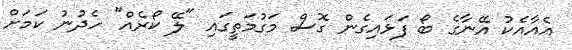
އެއާއެކު އޭނާގެ ބޯ ފަޅައިގެން ގޮސް މަގުމަތީގައި "ލޭ ކޯރެއް" ހެދުނު ކަމަށް